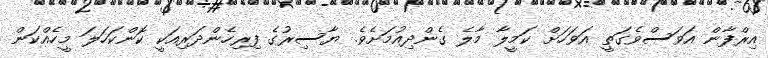
އިރްފާން އަވަސްވެގަތީ އަވަހަށް ކަމީލާ މާލެ ގެންދިއުމަށެވެ. ޔާސިރުގެ ފިރިހެންދަރިއަކީ ކޮންކަހަލަ މީހެއްކަން